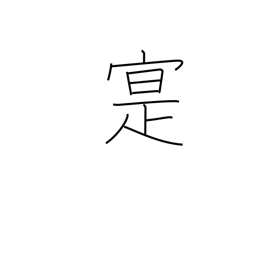
Meaning: real